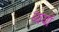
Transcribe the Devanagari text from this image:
व्ययॉ